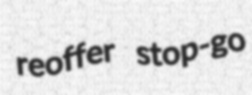
reoffer stop-go